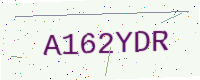
Text: A162YDR